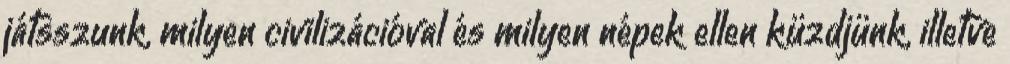
játsszunk, milyen civilizációval és milyen népek ellen küzdjünk, illetve